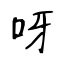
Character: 呀